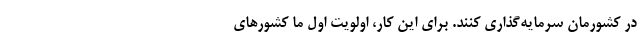
در کشورمان سرمایه‌گذاری کنند. برای این کار، اولویت اول ما کشورهای